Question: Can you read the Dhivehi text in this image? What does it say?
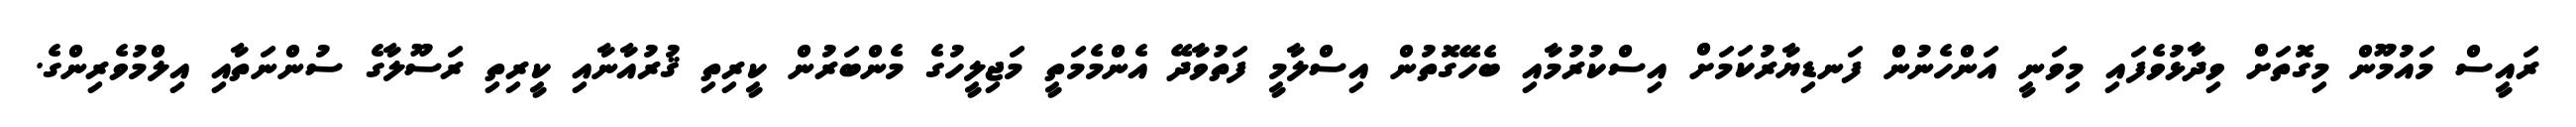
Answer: ރައީސް މައުމޫން މިގޮތަށް ވިދާޅުވެފައި މިވަނީ އަންހެނުން ފަނޑިޔާރުކަމަށް އިސްކުރުމާއި ބެހޭގޮތުން އިސްލާމީ ފަތުވާދޭ އެންމެމަތީ މަޖިލީހުގެ މެންބަރުން ކީރިތި ޤުރުއާނާއި ކީރިތި ރަސޫލާގެ ސުންނަތާއި އިލްމުވެރިންގެ.